On the standardisation of anti-typhoid vaccine - Number 21
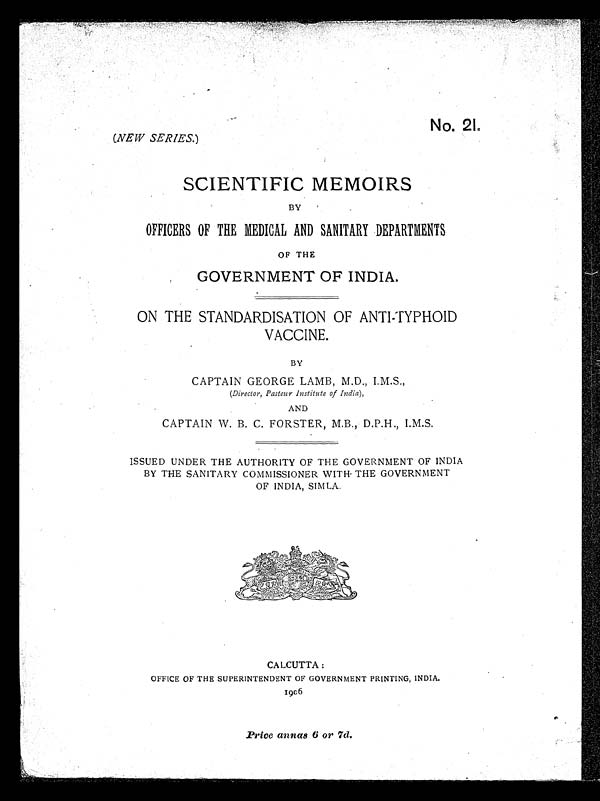
No. 21.
(NEW SERIES. )
SCIENTIFIC MEMOIRS
BY
OFFICERS OF THE MEDICAL AND SANITARY DEPARTMENTS
OF THE
GOVERNMENT OF INDIA.
ON THE STANDARDISATION OF ANTI-TYPHOID
VACCINE.
BY
CAPTAIN GEORGE LAMB, M.D., I.M.S.,
(Director, Pasteur Institute of India ),
AND
CAPTAIN W. B. C. FORSTER, M.B., D.P.H., I.M.S.
ISSUED UNDER THE AUTHORITY OF THE GOVERNMENT OF INDIA
BY THE SANITARY COMMISSIONER WITH THE GOVERNMENT
OF INDIA, SIMLA.
CALCUTTA :
OFFICE OF THE SUPERINTENDENT OF GOVERNMENT PRINTING, INDIA.
1906
Price annas 6 or 7d.